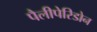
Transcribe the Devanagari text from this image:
पैलीपेरिडोन